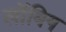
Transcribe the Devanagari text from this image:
लॉबिग